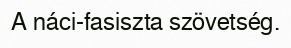
A náci-fasiszta szövetség.